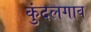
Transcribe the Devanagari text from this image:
कुंदलगाव